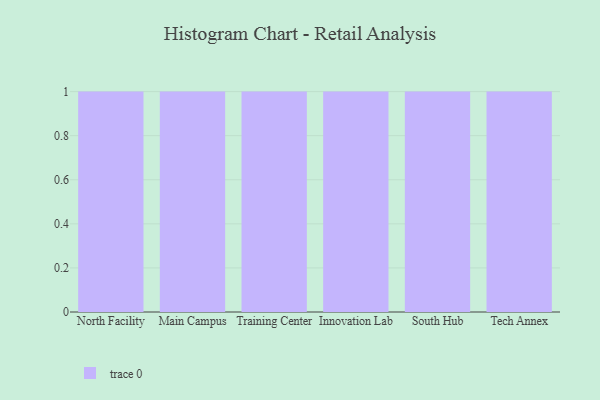
{"axis": {"x": "Campus", "y": "Population (Million)"}, "legend": [""], "data": [{"x": "North Facility", "y": 87, "type": ""}, {"x": "Main Campus", "y": 68, "type": ""}, {"x": "Training Center", "y": 61, "type": ""}, {"x": "Innovation Lab", "y": 33, "type": ""}, {"x": "South Hub", "y": 83, "type": ""}, {"x": "Tech Annex", "y": 67, "type": ""}]}